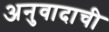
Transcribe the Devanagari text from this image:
अनुवादाची